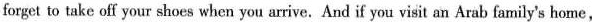
forget to take off your shoes when you arrive.And if you visit an Arab family's home,